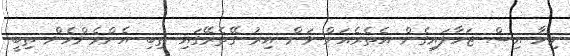
ނިހާ އިސް ޖަހާލައިގެން އެތެރެއަށް ވަން އިރު ގޭތެރޭގައި ތިބި އެންމެންހެން ތިބީ